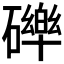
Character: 𮁏